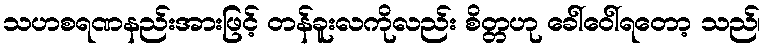
သဟစရဏနည်းအားဖြင့် တန်ခူးလကိုလည်း စိတ္တဟု ခေါ်ဝေါ်ရတော့ သည်၊